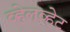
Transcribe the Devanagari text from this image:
व्हेलव्हेट